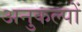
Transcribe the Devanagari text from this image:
अनुकल्पों